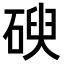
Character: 𥔢